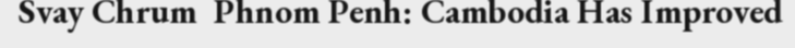
Svay Chrum  Phnom Penh: Cambodia Has Improved